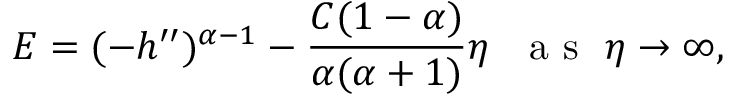
E = ( - h ^ { \prime \prime } ) ^ { \alpha - 1 } - \frac { C ( 1 - \alpha ) } { \alpha ( \alpha + 1 ) } \eta ~ ~ \textrm { a s } \ \eta \to \infty ,